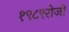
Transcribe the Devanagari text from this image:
१९८९रोजी